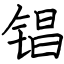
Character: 锠